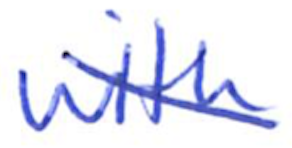
Text: with
Cross-out: diagonal
Writing tool: ballpoint